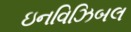
ઇનવિઝિબલ